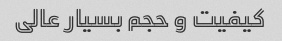
کیفیت و حجم بسیار عالی